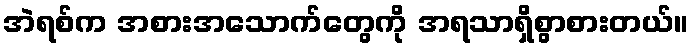
အဲရစ်က အစားအသောက်တွေကို အရသာရှိစွာစားတယ်။